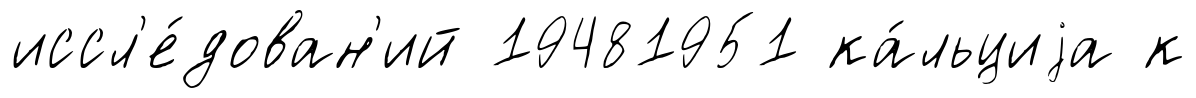
иссл'е́дован'ий 19481951 ка́льциjа к